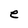
Character: e